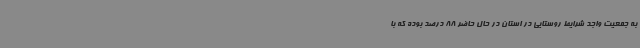
به جمعیت واجد شرایط روستایی در استان در حال حاضر 88 درصد بوده که با